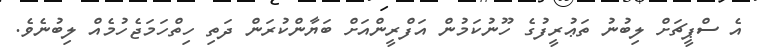
އެ ސްޕީޗަށް ލިބުނު ތަޢުރީފުގެ ހޫނުކަމުން އަފްރީންއަށް ބަޔާންކުރަން ދަތި ހިތްހަމަޖެހުމެއް ލިބުނެވެ.